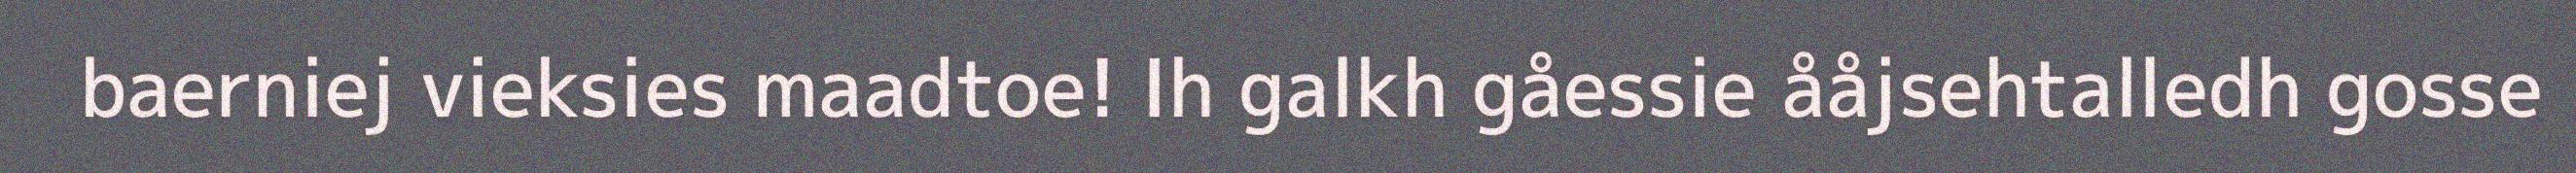
baerniej vieksies maadtoe! Ih galkh gåessie ååjsehtalledh gosse